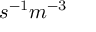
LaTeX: s ^ { - 1 } m ^ { - 3 }